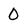
Character: 0